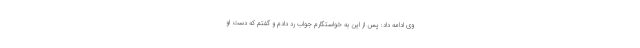
وی ادامه داد: پس از این به خواستگارم جواب رد دادم و گفتم که دست او